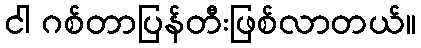
ငါ ဂစ်တာပြန်တီးဖြစ်လာတယ်။